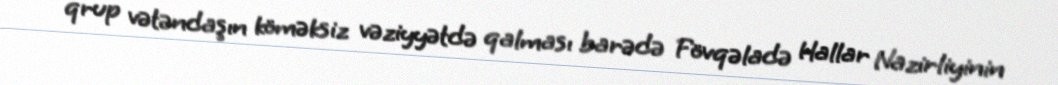
qrup vətəndaşın köməksiz vəziyyətdə qalması barədə Fövqəladə Hallar Nazirliyinin